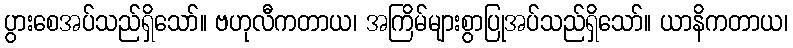
ပွားစေအပ်သည်ရှိသော်။ ဗဟုလီကတာယ၊ အကြိမ်များစွာပြုအပ်သည်ရှိသော်။ ယာနိကတာယ၊